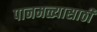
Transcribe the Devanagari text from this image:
पानमळ्यासाठी